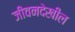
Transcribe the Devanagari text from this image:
जीवनदेखील